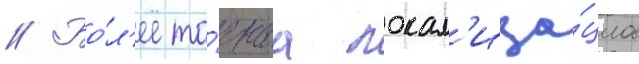
// Бо́л'ее то́чнаа локал'иза́циа